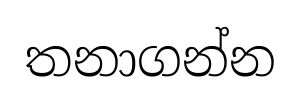
තනාගන්න